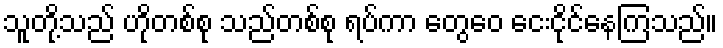
သူတို့သည် ဟိုတစ်စု သည်တစ်စု ရပ်ကာ တွေဝေ ငေးငိုင်နေကြသည်။